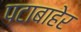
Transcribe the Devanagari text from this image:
पटाबाहेर